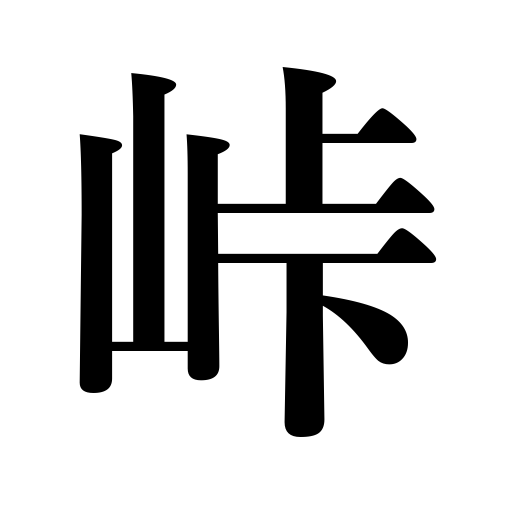
Meanings: mountain pass,crisis,crest,climax